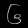
Digit: ၆